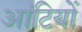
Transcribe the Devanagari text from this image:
आंटियों